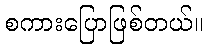
စကားပြောဖြစ်တယ်။